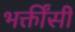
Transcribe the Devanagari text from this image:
भक्तींसी